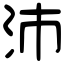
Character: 沛